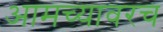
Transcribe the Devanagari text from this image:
आमच्यावरच